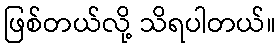
ဖြစ်တယ်လို့ သိရပါတယ်။